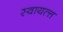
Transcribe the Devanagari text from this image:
स्वायत्त्त